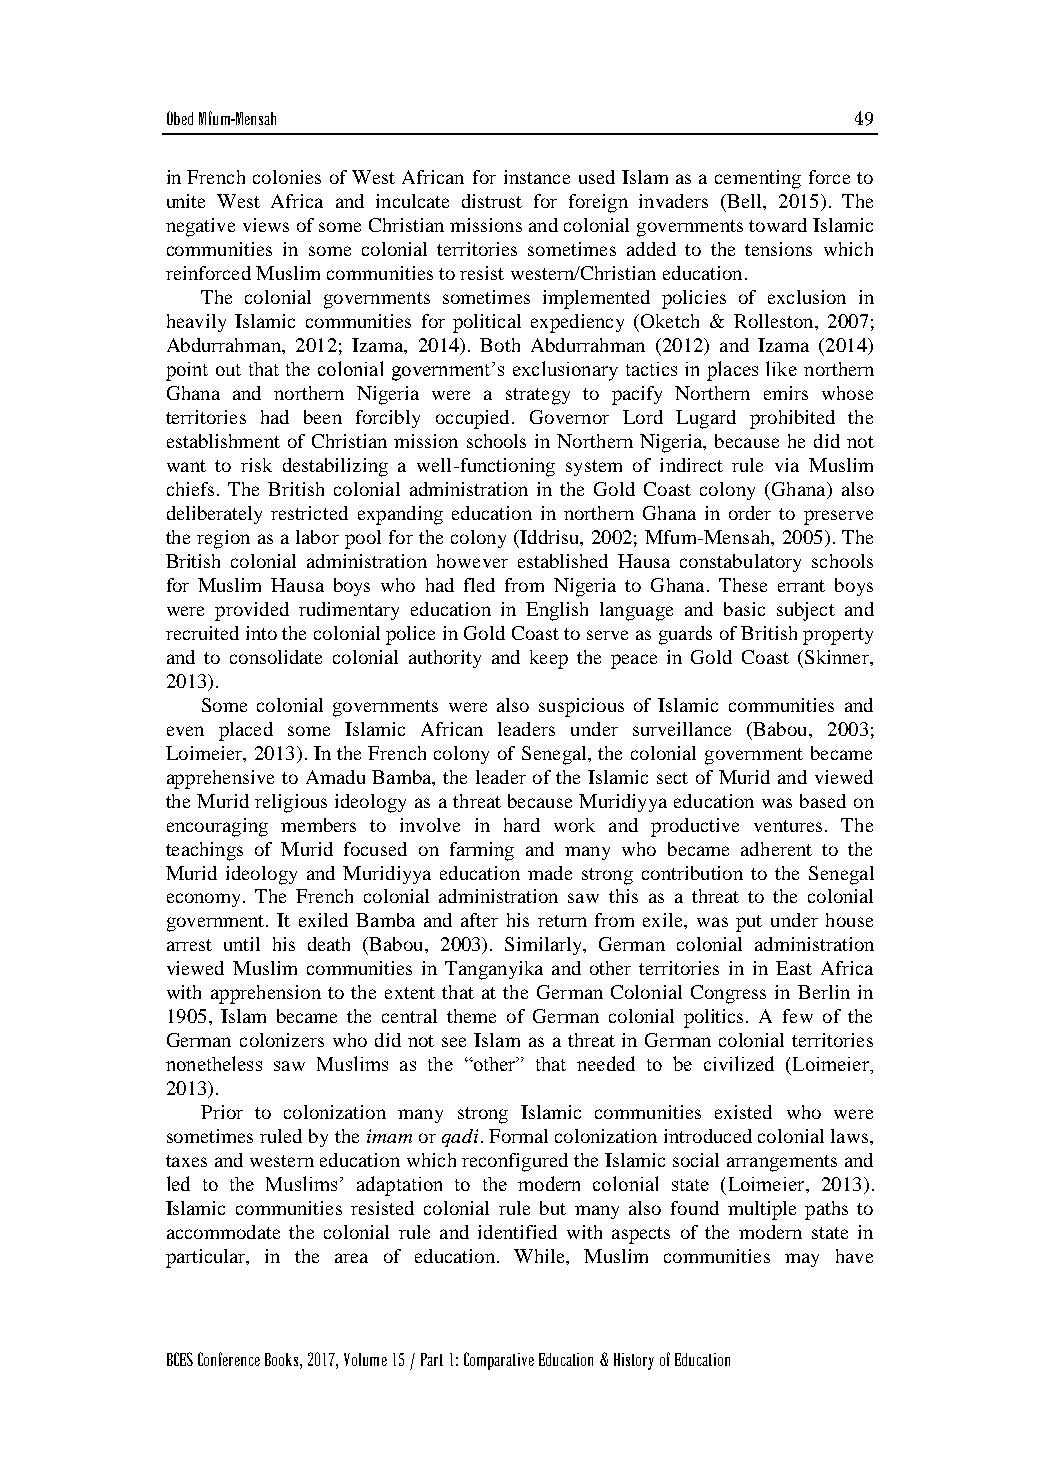
Obed Mfum-Mensah                              49
 in French colonies of West African for instance used Islam as a cementing force to
 unite West Africa and inculcate distrust for foreign invaders (Bell, 2015). The
 negative views of some Christian missions and colonial governments toward Islamic
 communities in some colonial territories sometimes added to the tensions which
 reinforced Muslim communities to resist western/Christian education.
 The colonial governments sometimes implemented policies of exclusion in
 heavily Islamic communities for political expediency (Oketch & Rolleston, 2007;
 Abdurrahman, 2012; Izama, 2014). Both Abdurrahman (2012) and Izama (2014)
 point out that the colonial government’s exclusionary tactics in places like northern
 Ghana and northern Nigeria were a strategy to pacify Northern emirs whose
 territories had been forcibly occupied. Governor Lord Lugard prohibited the
 establishment of Christian mission schools in Northern Nigeria, because he did not
 want to risk destabilizing a well-functioning system of indirect rule via Muslim
 chiefs. The British colonial administration in the Gold Coast colony (Ghana) also
 deliberately restricted expanding education in northern Ghana in order to preserve
 the region as a labor pool for the colony (Iddrisu, 2002; Mfum-Mensah, 2005). The
 British colonial administration however established Hausa constabulatory schools
 for Muslim Hausa boys who had fled from Nigeria to Ghana. These errant boys
 were provided rudimentary education in English language and basic subject and
 recruited into the colonial police in Gold Coast to serve as guards of British property
 and to consolidate colonial authority and keep the peace in Gold Coast (Skinner,
 2013).
 Some colonial governments were also suspicious of Islamic communities and
 even placed some Islamic African leaders under surveillance (Babou, 2003;
 Loimeier, 2013). In the French colony of Senegal, the colonial government became
 apprehensive to Amadu Bamba, the leader of the Islamic sect of Murid and viewed
 the Murid religious ideology as a threat because Muridiyya education was based on
 encouraging members to involve in hard work and productive ventures. The
 teachings of Murid focused on farming and many who became adherent to the
 Murid ideology and Muridiyya education made strong contribution to the Senegal
 economy. The French colonial administration saw this as a threat to the colonial
 government. It exiled Bamba and after his return from exile, was put under house
 arrest until his death (Babou, 2003). Similarly, German colonial administration
 viewed Muslim communities in Tanganyika and other territories in in East Africa
 with apprehension to the extent that at the German Colonial Congress in Berlin in
 1905, Islam became the central theme of German colonial politics. A few of the
 German colonizers who did not see Islam as a threat in German colonial territories
 nonetheless saw Muslims as the “other” that needed to be civilized (Loimeier,
 2013).
 Prior to colonization many strong Islamic communities existed who were
 sometimes ruled by the imam or qadi. Formal colonization introduced colonial laws,
 taxes and western education which reconfigured the Islamic social arrangements and
 led to the Muslims’ adaptation to the modern colonial state (Loimeier, 2013).
 Islamic communities resisted colonial rule but many also found multiple paths to
 accommodate the colonial rule and identified with aspects of the modern state in
 particular, in the area of education. While, Muslim communities may have
 BCES Conference Books, 2017, Volume 15 / Part 1: Comparative Education & History of Education